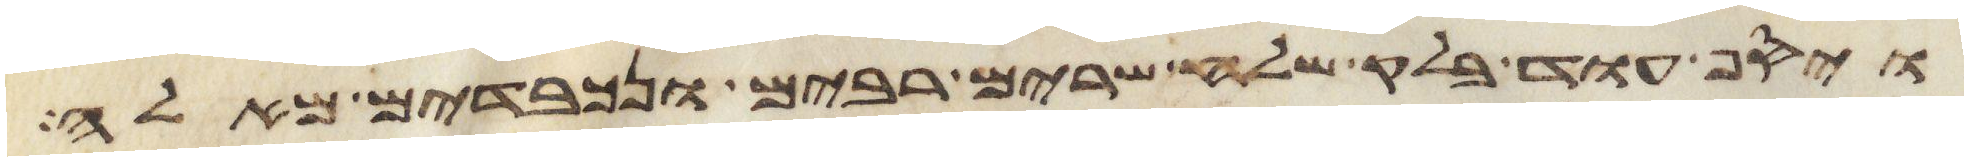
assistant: ויסף עוד בלק שלח שרים רבים ונכבדים מאלה